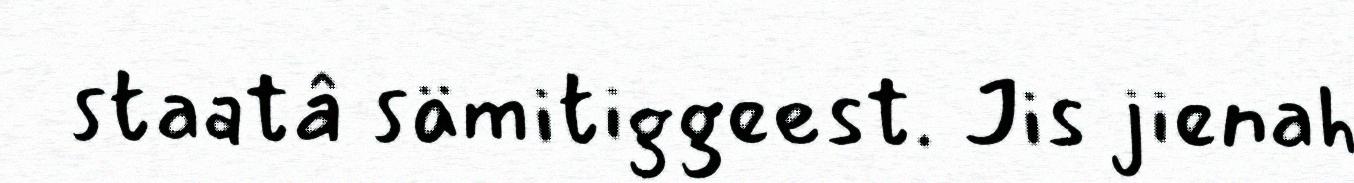
staatâ sämitiggeest. Jis jienah